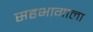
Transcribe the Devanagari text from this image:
सहभागाला